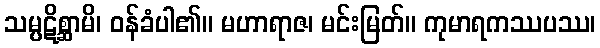
သမ္ပဋိစ္ဆာမိ၊ ဝန်ခံပါ၏။ မဟာရာဇ၊ မင်းမြတ်။ ကုမာရကဿပဿ၊